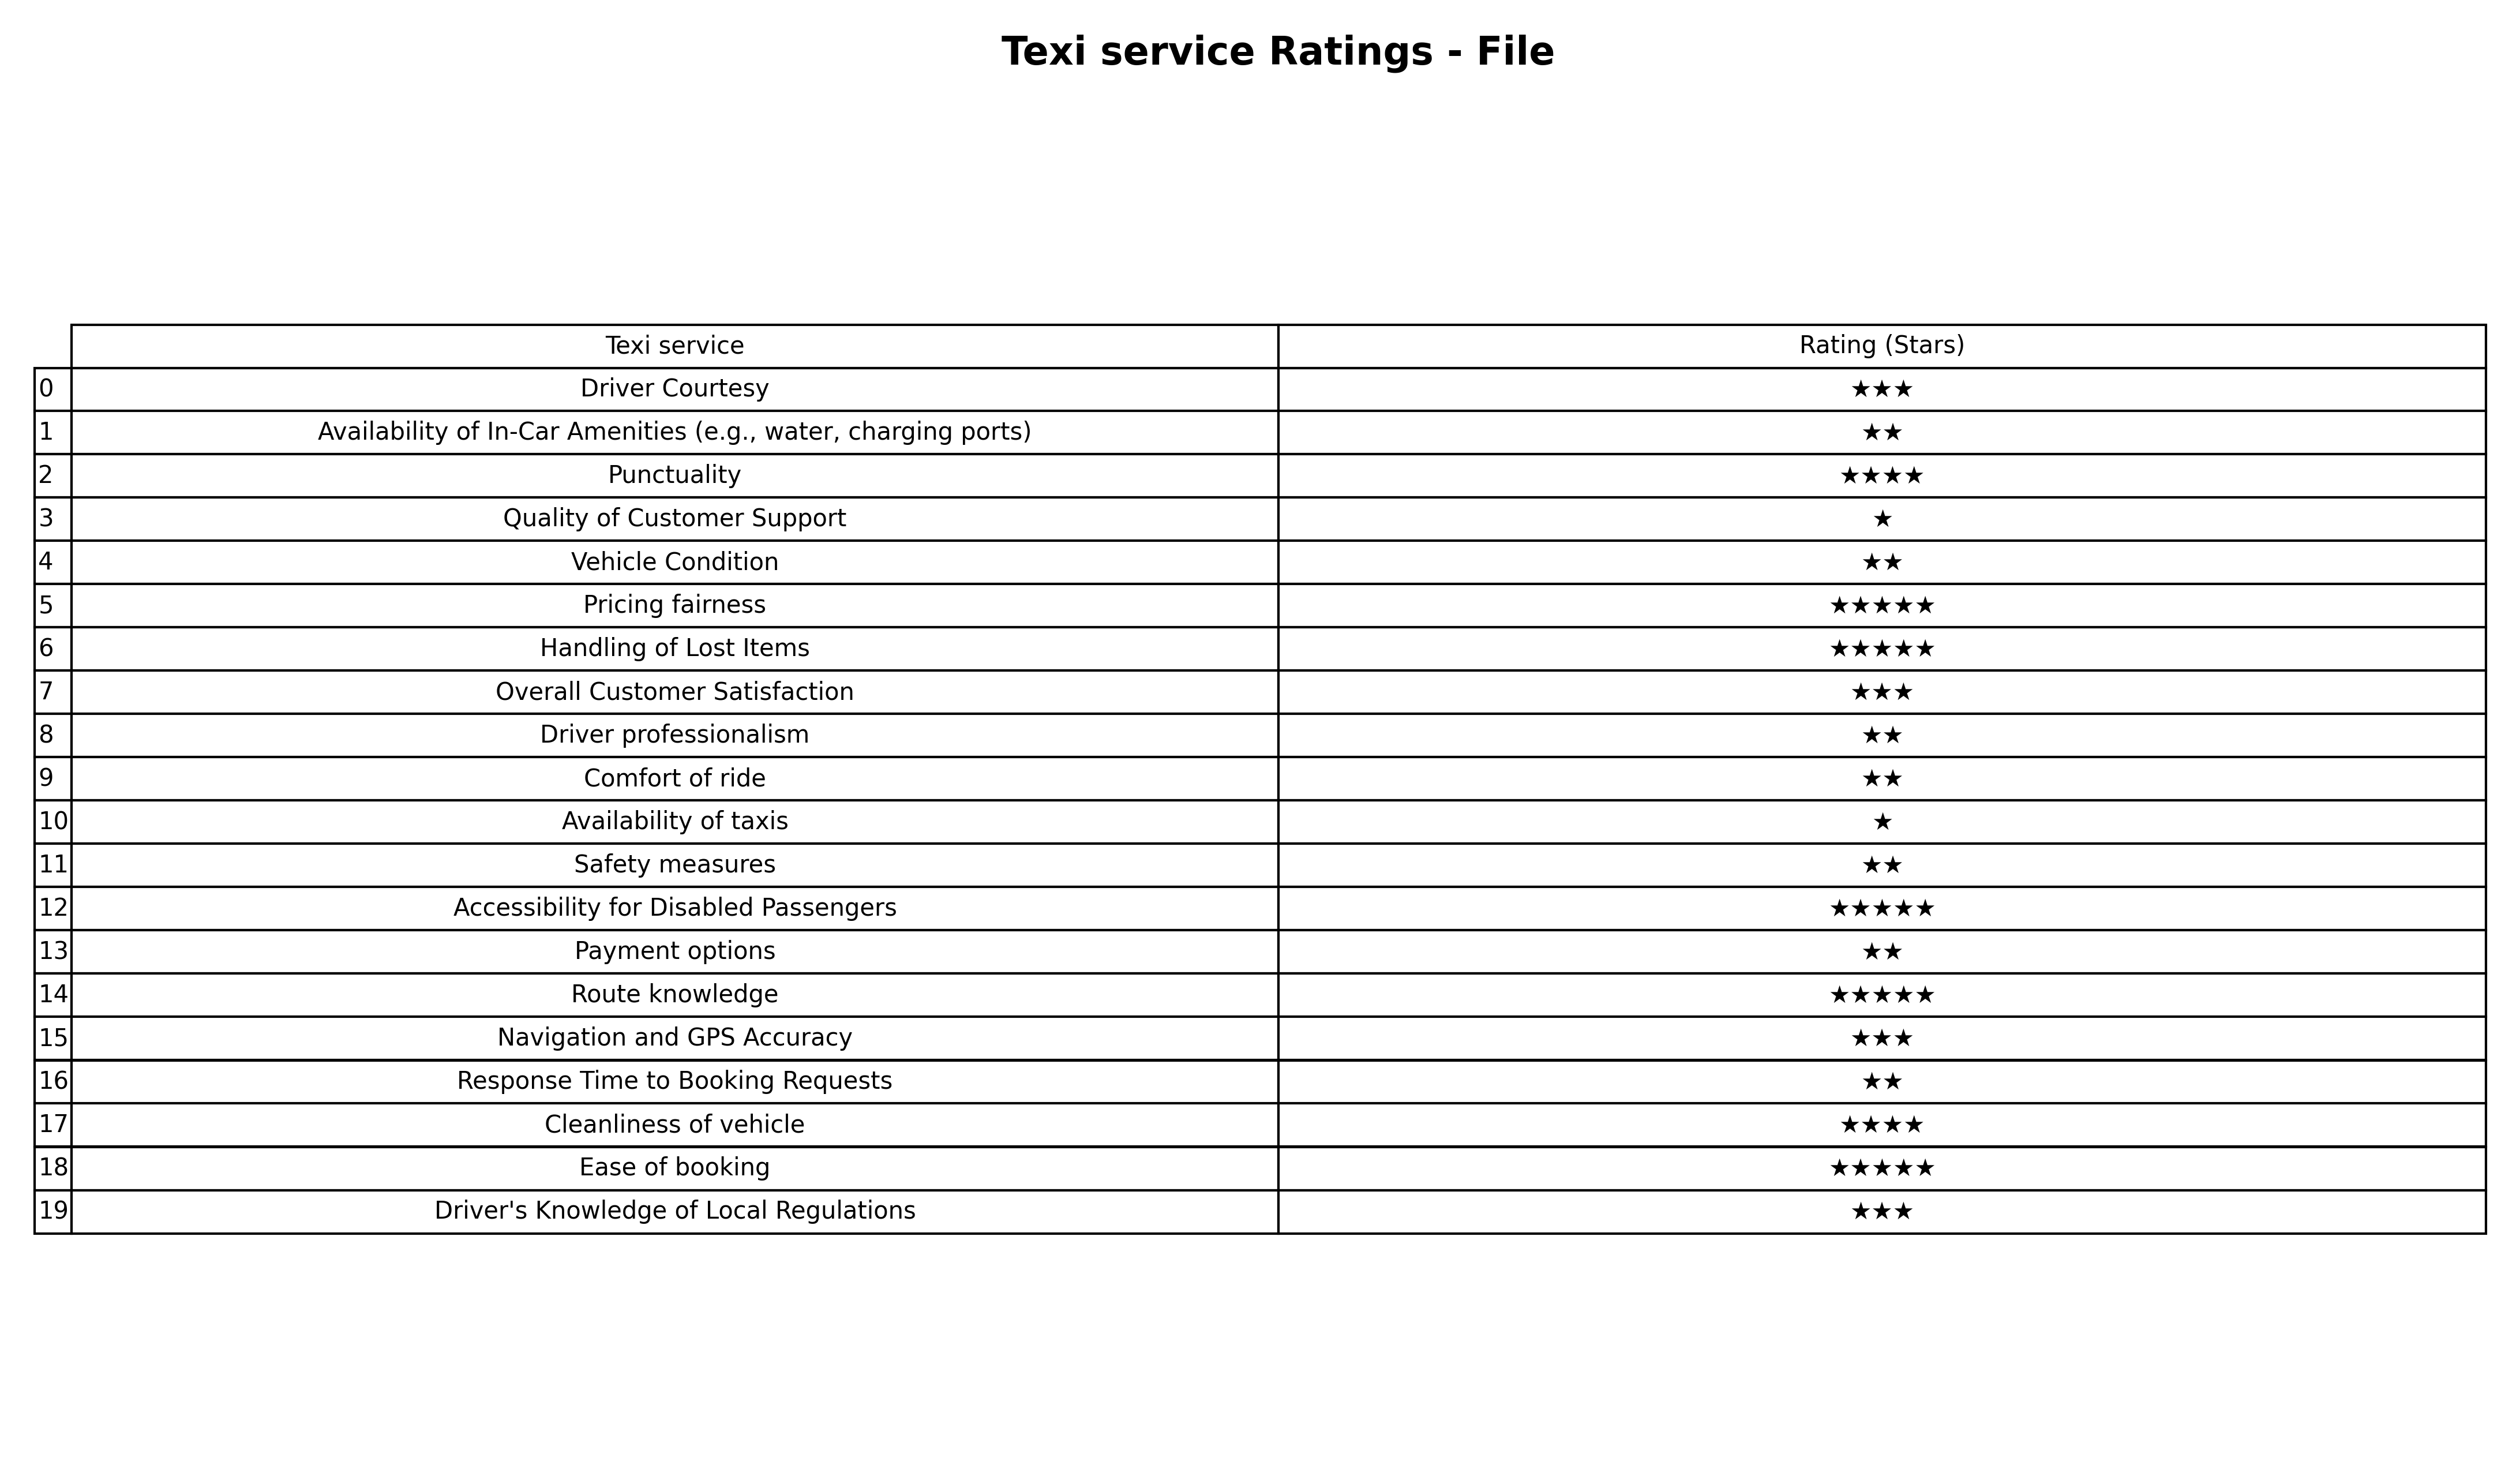
question: What is the rating of Driver's Knowledge of Local Regulations?
answer: ★★★